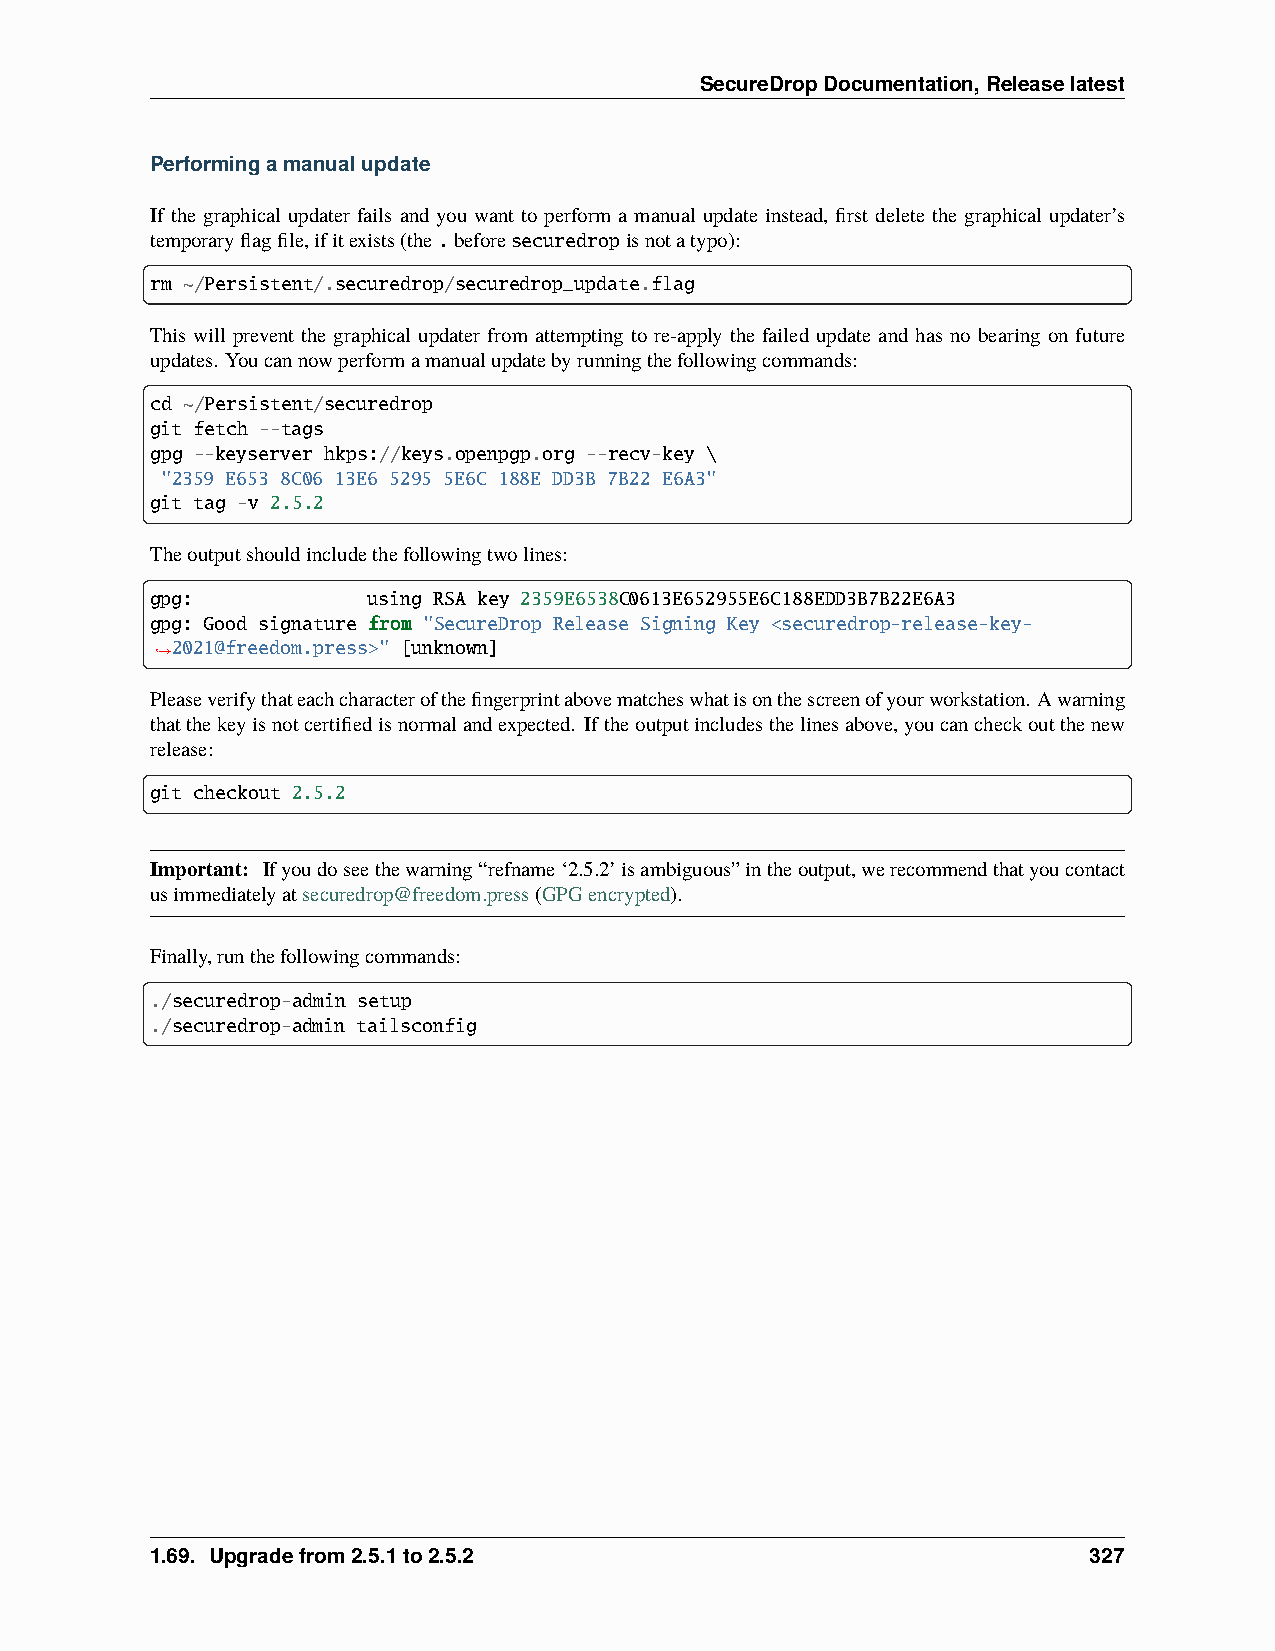
SecureDropDocumentation,Releaselatest
 Performingamanualupdate
 If the graphical updater fails and you want to perform a manual update instead, first delete the graphical updater’s
 temporaryflagfile,ifitexists(the.beforesecuredropisnotatypo):
 rm ~/Persistent/.securedrop/securedrop_update.flag
 This will prevent the graphical updater from attempting to re-apply the failed update and has no bearing on future
 updates. Youcannowperformamanualupdatebyrunningthefollowingcommands:
 cd ~/Persistent/securedrop
 git fetch --tags
 gpg --keyserver hkps://keys.openpgp.org --recv-key \
 "2359 E653 8C06 13E6 5295 5E6C 188E DD3B 7B22 E6A3"
 git tag -v 2.5.2
 Theoutputshouldincludethefollowingtwolines:
 gpg:          using RSA key 2359E6538C0613E652955E6C188EDD3B7B22E6A3
 gpg: Good signature from "SecureDrop Release Signing Key <securedrop-release-key-
 2021@freedom.press>" [unknown]
 ˓→
 Pleaseverifythateachcharacterofthefingerprintabovematcheswhatisonthescreenofyourworkstation. Awarning
 thatthekeyisnotcertifiedisnormalandexpected. Iftheoutputincludesthelinesabove,youcancheckoutthenew
 release:
 git checkout 2.5.2
 Important: Ifyoudoseethewarning“refname‘2.5.2’isambiguous”intheoutput,werecommendthatyoucontact
 usimmediatelyatsecuredrop@freedom.press(GPGencrypted).
 Finally,runthefollowingcommands:
 ./securedrop-admin setup
 ./securedrop-admin tailsconfig
 1.69. Upgradefrom2.5.1to2.5.2                                 327